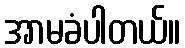
အာမခံပါတယ်။